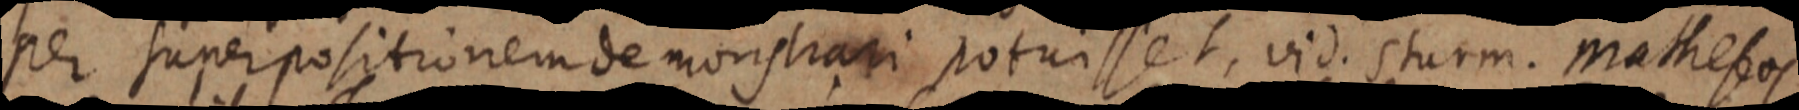
per superpositionem demonstrari potuissent, vid. sturm. Mathesos